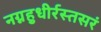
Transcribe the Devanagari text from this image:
नग्नहुधीर्रस्तसरं